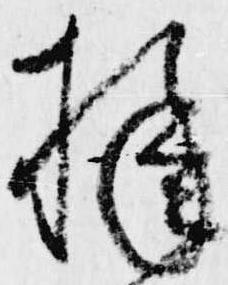
様